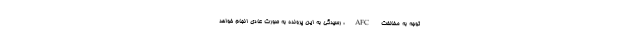
توجه به مخالفت AFC، رسیدگی به این پرونده به صورت عادی انجام خواهد